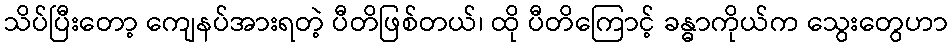
သိပ်ပြီးတော့ ကျေနပ်အားရတဲ့ ပီတိဖြစ်တယ်၊ ထို ပီတိကြောင့် ခန္ဓာကိုယ်က သွေးတွေဟာ